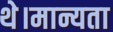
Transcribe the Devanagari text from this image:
थे।मान्यता